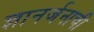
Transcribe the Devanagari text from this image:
ज्ञानर्जनाची